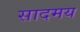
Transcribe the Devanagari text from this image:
सादमय